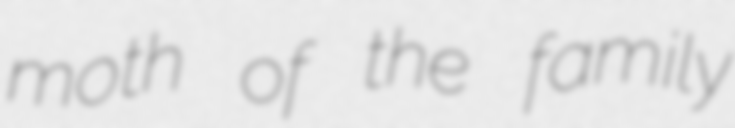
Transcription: moth of the family